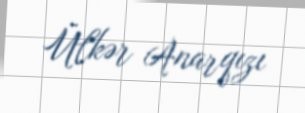
Ülkər Anarqızı